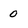
Character: 0